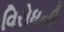
વિરોધની